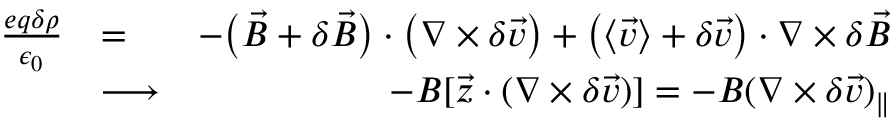
\begin{array} { r l r } { \frac { e q \delta \rho } { \epsilon _ { 0 } } } & { = } & { - \big ( \vec { B } + \delta \vec { B } \big ) \cdot \big ( \nabla \times \delta \vec { v } \big ) + \big ( \langle \vec { v } \rangle + \delta \vec { v } \big ) \cdot \nabla \times \delta \vec { B } } \\ & { \longrightarrow } & { \ - B [ \vec { z } \cdot ( \nabla \times \delta \vec { v } ) ] = - B ( \nabla \times \delta \vec { v } ) _ { \| } } \end{array}